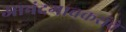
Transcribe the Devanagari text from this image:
आनंदगावकरांचे